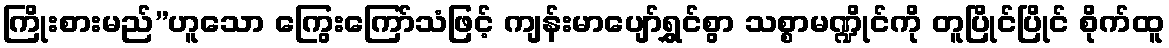
ကြိုးစားမည်”ဟူသော ကြွေးကြော်သံဖြင့် ကျန်းမာပျော်ရွှင်စွာ သစ္စာမဏ္ဍိုင်ကို တူပြိုင်ပြိုင် စိုက်ထူ